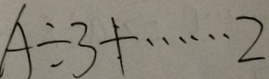
A \div 3 + \cdots 2